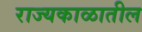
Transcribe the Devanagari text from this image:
राज्यकाळातील